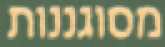
מסוגננות